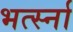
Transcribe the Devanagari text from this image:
भर्त्स्ना